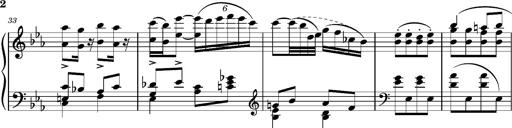
Title: Andantino pour Emile et Charlotte Loudon
Composer: Franz Liszt
Key: E-flat major